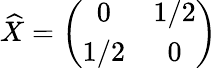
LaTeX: \widehat{X}=\left(\begin{array}{cc}{{0}}&{{1/2}}\\ {{1/2}}&{{0}}\end{array}\right)